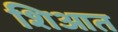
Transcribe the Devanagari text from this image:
शिआत